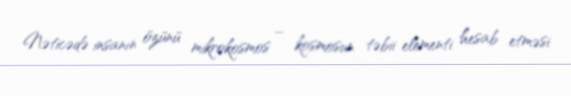
Nəticədə insanın özünü mikrokosmos – kosmosun təbii elementi hesab etməsi